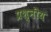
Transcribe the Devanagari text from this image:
प्रश्नीय